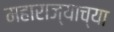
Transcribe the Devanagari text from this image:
महाराज्याच्या